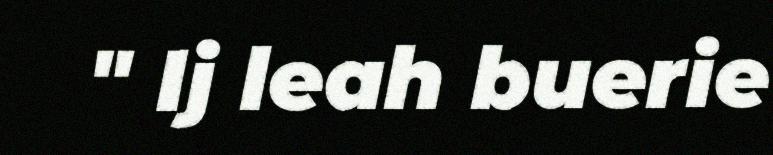
" Ij leah buerie